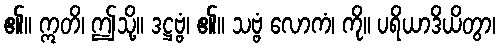
၏။ ဣတိ၊ ဤသို့။ ဒဋ္ဌဗ္ဗံ၊ ၏။ သဗ္ဗံ လောကံ၊ ကို။ ပရိယာဒိယိတွာ၊